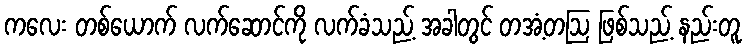
ကလေး တစ်ယောက် လက်ဆောင်ကို လက်ခံသည့် အခါတွင် တအံ့တဩ ဖြစ်သည့် နည်းတူ